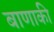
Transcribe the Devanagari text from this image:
बाणाकी